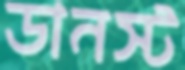
ডানস্ট